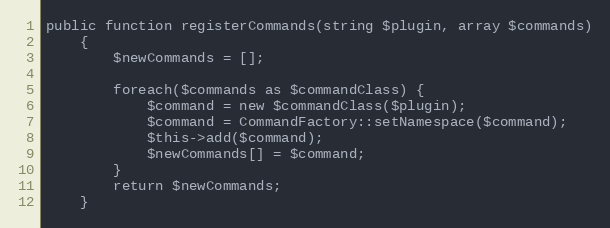
Language: PHP
public function registerCommands(string $plugin, array $commands)
    {
        $newCommands = [];

        foreach($commands as $commandClass) {
            $command = new $commandClass($plugin);
            $command = CommandFactory::setNamespace($command);
            $this->add($command);
            $newCommands[] = $command;
        }
        return $newCommands;
    }